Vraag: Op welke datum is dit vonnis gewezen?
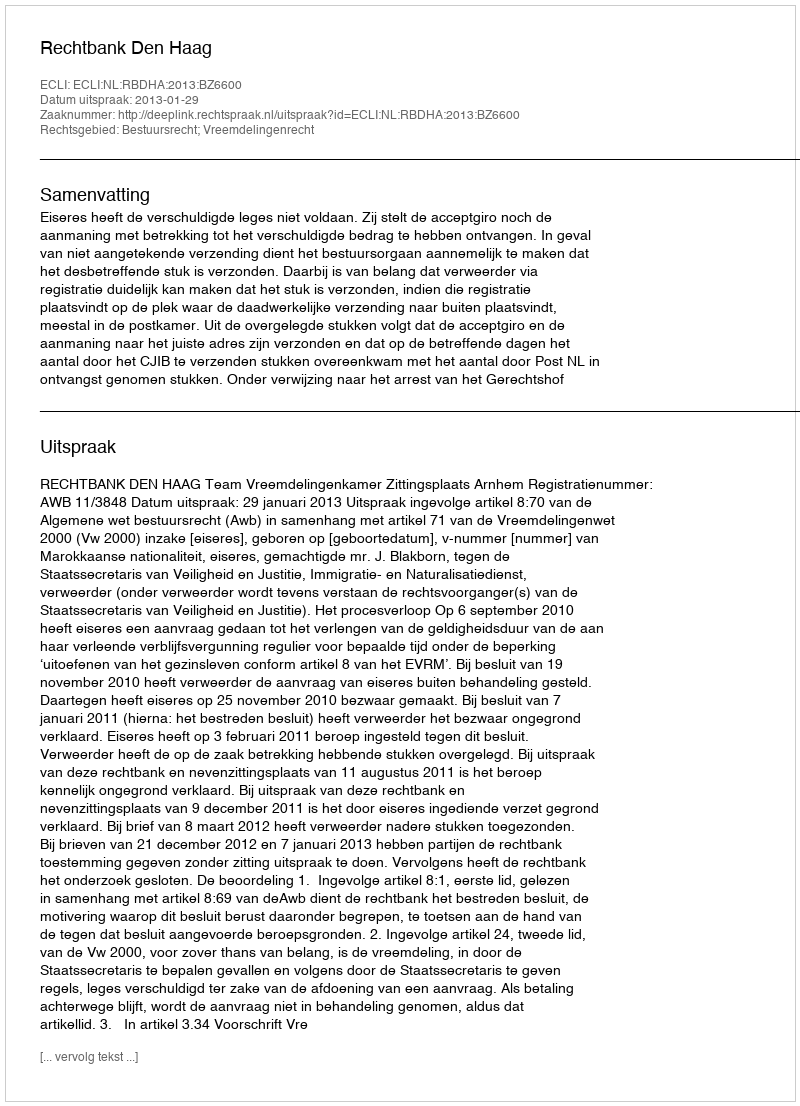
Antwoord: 2013-01-29